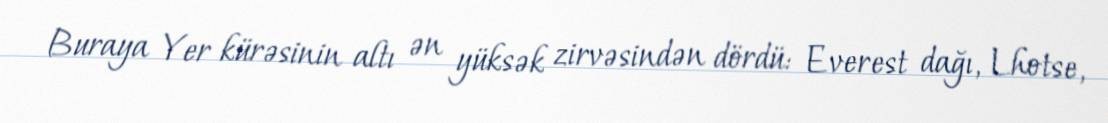
Buraya Yer kürəsinin altı ən yüksək zirvəsindən dördü: Everest dağı, Lhotse,